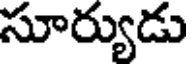
సూర్యుడు